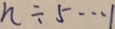
n \div 5 \cdots 1